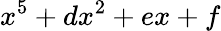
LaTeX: x^{5}+dx^{2}+ex+f